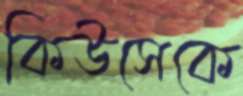
কিউসেকে